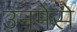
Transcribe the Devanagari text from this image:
उनमेसे